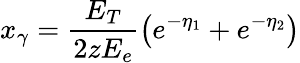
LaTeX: x_{\gamma}=\frac{E_{T}}{2zE_{e}}\left(e^{-\eta_{1}}+e^{-\eta_{2}}\right)